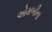
એમબીના